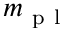
m _ { \mathrm { ~ p ~ l ~ } }